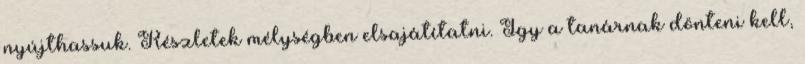
nyújthassuk. Részletek mélységben elsajátítatni. Így a tanárnak dönteni kell,